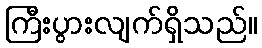
ကြီးပွားလျက်ရှိသည်။